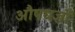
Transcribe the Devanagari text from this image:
औषधज्ञों